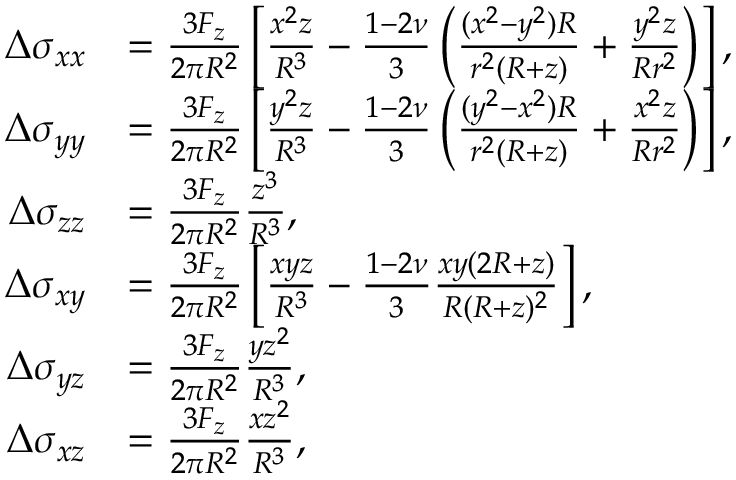
\begin{array} { r l } { \Delta \sigma _ { x x } } & { = \frac { 3 F _ { z } } { 2 \pi R ^ { 2 } } \left[ \frac { x ^ { 2 } z } { R ^ { 3 } } - \frac { 1 - 2 \nu } { 3 } \left( \frac { ( x ^ { 2 } - y ^ { 2 } ) R } { r ^ { 2 } ( R + z ) } + \frac { y ^ { 2 } z } { R r ^ { 2 } } \right) \right] , } \\ { \Delta \sigma _ { y y } } & { = \frac { 3 F _ { z } } { 2 \pi R ^ { 2 } } \left[ \frac { y ^ { 2 } z } { R ^ { 3 } } - \frac { 1 - 2 \nu } { 3 } \left( \frac { ( y ^ { 2 } - x ^ { 2 } ) R } { r ^ { 2 } ( R + z ) } + \frac { x ^ { 2 } z } { R r ^ { 2 } } \right) \right] , } \\ { \Delta \sigma _ { z z } } & { = \frac { 3 F _ { z } } { 2 \pi R ^ { 2 } } \frac { z ^ { 3 } } { R ^ { 3 } } , } \\ { \Delta \sigma _ { x y } } & { = \frac { 3 F _ { z } } { 2 \pi R ^ { 2 } } \left[ \frac { x y z } { R ^ { 3 } } - \frac { 1 - 2 \nu } { 3 } \frac { x y ( 2 R + z ) } { R ( R + z ) ^ { 2 } } \right] , } \\ { \Delta \sigma _ { y z } } & { = \frac { 3 F _ { z } } { 2 \pi R ^ { 2 } } \frac { y z ^ { 2 } } { R ^ { 3 } } , } \\ { \Delta \sigma _ { x z } } & { = \frac { 3 F _ { z } } { 2 \pi R ^ { 2 } } \frac { x z ^ { 2 } } { R ^ { 3 } } , } \end{array}